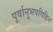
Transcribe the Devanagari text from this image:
पूर्वानुभवविहिन